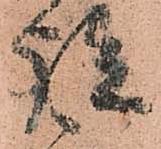
談